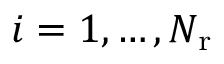
i = 1 , \ldots , { N _ { \mathrm { r } } }